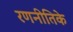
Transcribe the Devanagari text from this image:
रणनीतिके